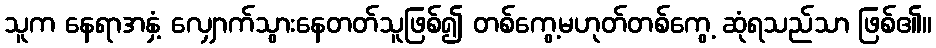
သူက နေရာအနှံ့ လျှောက်သွားနေတတ်သူဖြစ်၍ တစ်ကွေ့မဟုတ်တစ်ကွေ့ ဆုံရသည်သာ ဖြစ်၏။